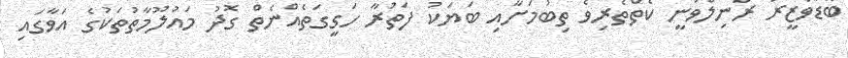
ބޮޑުވަޒީރު ރަނިލްވަނީ ކެތްތެރިވެ ތިބުމަށާއި ބަޔަކު ފަތުރާ ހަގީގަތެއްނެތް ގޮދު މައުލޫމާތުތަކުގެ އަވާގައި